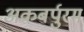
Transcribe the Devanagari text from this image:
अकबर्पुरम